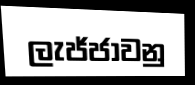
ලැජ්ජාවනු